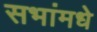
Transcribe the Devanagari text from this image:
सभांमधे